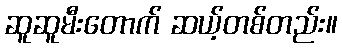
ဆူဆူမီးတောက် ဆယ့်တစ်တည်း။